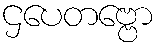
ဌပေတဗ္ဗော